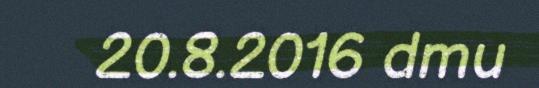
20.8.2016 dmu